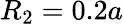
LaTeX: R_{2}=0.2a